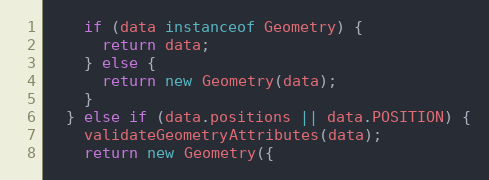
Language: JavaScript
    if (data instanceof Geometry) {
      return data;
    } else {
      return new Geometry(data);
    }
  } else if (data.positions || data.POSITION) {
    validateGeometryAttributes(data);
    return new Geometry({